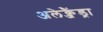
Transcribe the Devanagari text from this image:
अलेक्जैंड्रा